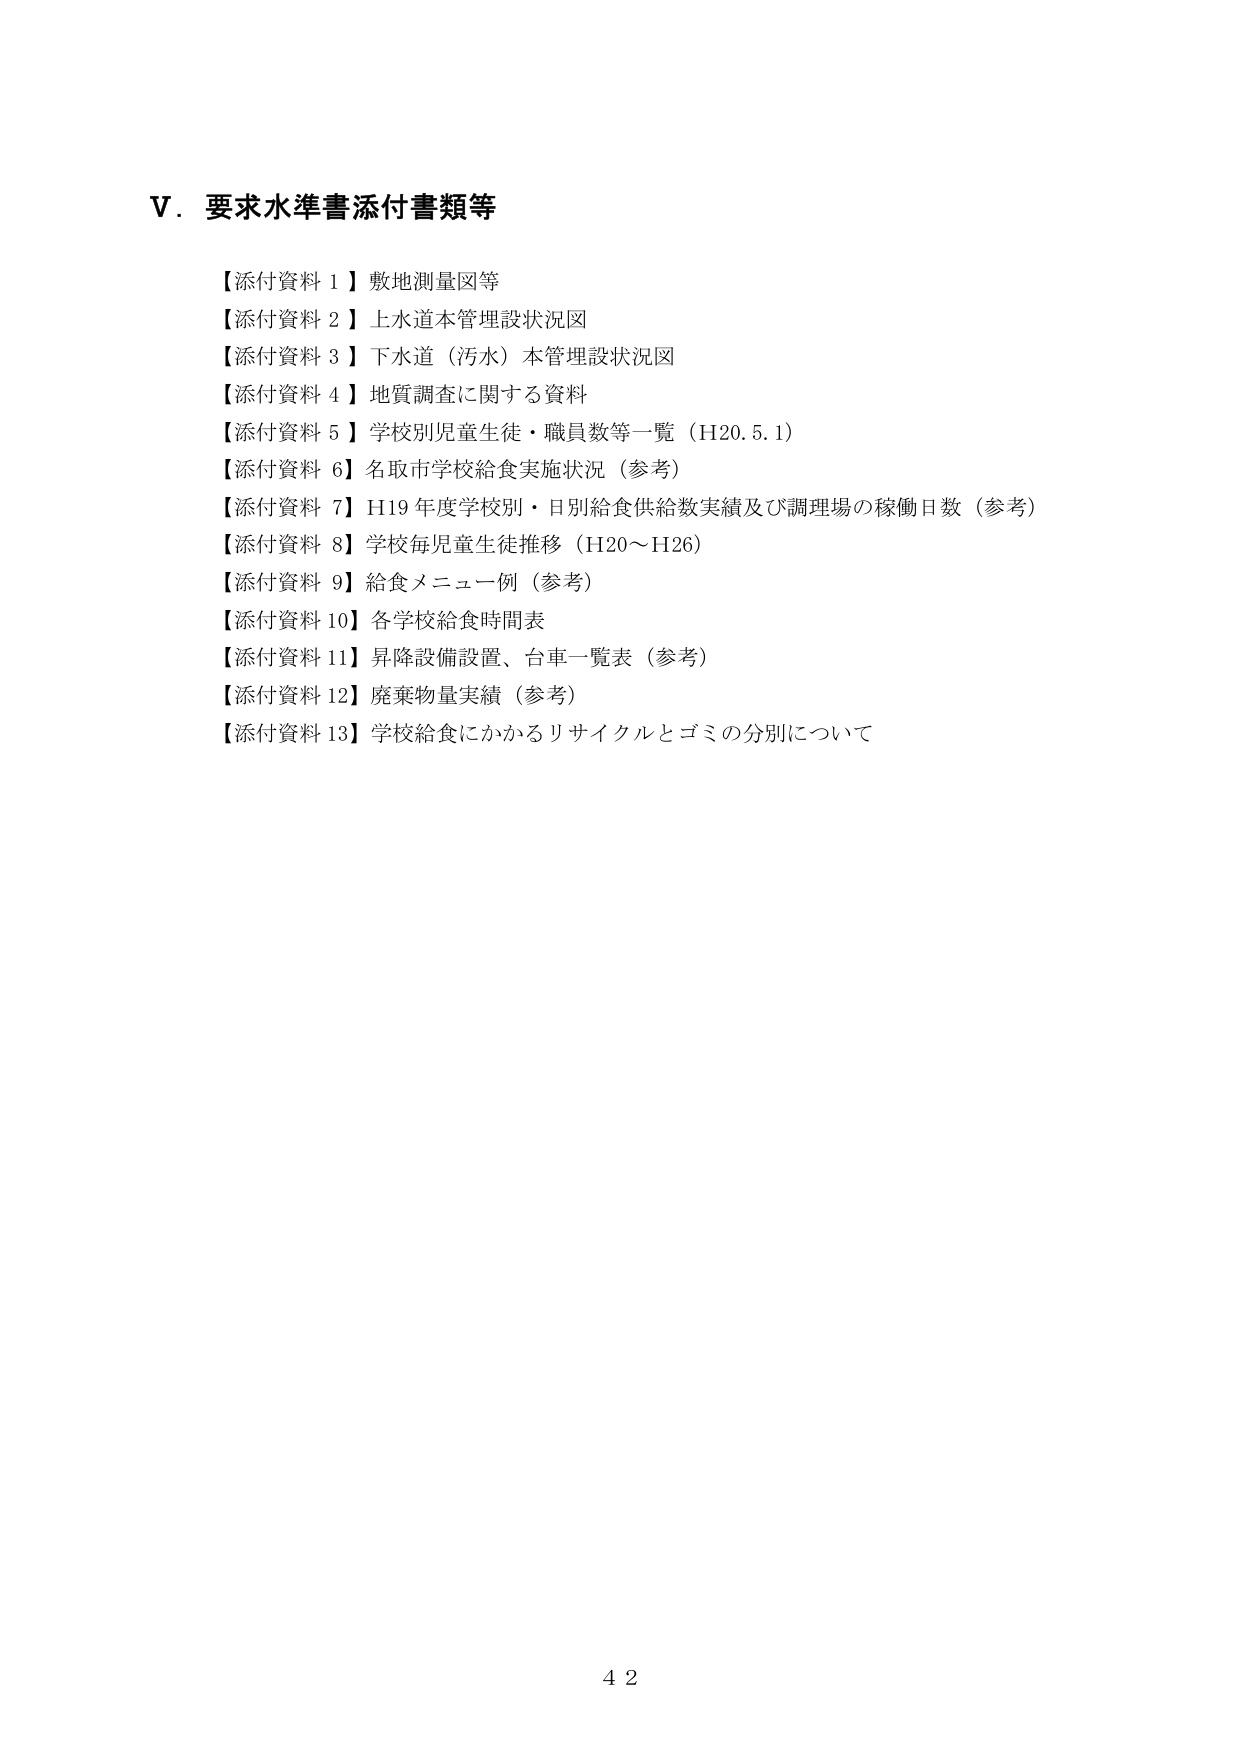
V．要求水準書添付書類等

【添付資料 1】敷地測量図等
【添付資料 2】上水道本管理設状況図
【添付資料 3】下水道（汚水）本管理設状況図
【添付資料 4】地質調査に関する資料
【添付資料 5】学校別児童生徒・職員数等一覧（H20.5.1）
【添付資料 6】名取市学校給食実施状況（参考）
【添付資料 7】H19年度学校別・日別給食供給数実績及び調理場の稼働日数（参考）
【添付資料 8】学校毎児童生徒推移（H20～H26）
【添付資料 9】給食メニュー例（参考）
【添付資料 10】各学校給食時間表
【添付資料 11】昇降設備設置、台車一覧表（参考）
【添付資料 12】廃棄物量実績（参考）
【添付資料 13】学校給食にかかるリサイクルとゴミの分別について

42